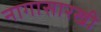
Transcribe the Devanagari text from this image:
नागासारखी